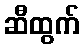
ဆီထွက်